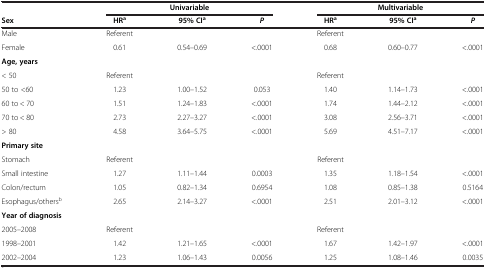
<table><thead><tr><td><b> </b></td><td colspan="3"><b>Univariable</b></td><td colspan="3"><b>Multivariable</b></td></tr><tr><td><b>Sex</b></td><td><b>HR<sup>a</sup></b></td><td><b>95% CI<sup>a</sup></b></td><td><b><i>P</i></b></td><td><b>HR<sup>a</sup></b></td><td><b>95% CI<sup>a</sup></b></td><td><b><i>P</i></b></td></tr></thead><tbody><tr><td>Male</td><td>Referent</td><td> </td><td> </td><td>Referent</td><td> </td><td> </td></tr><tr><td>Female</td><td>0.61</td><td>0.54–0.69</td><td>&lt;.0001</td><td>0.68</td><td>0.60–0.77</td><td>&lt;.0001</td></tr><tr><td><b>Age, years</b></td><td> </td><td> </td><td> </td><td> </td><td> </td><td> </td></tr><tr><td>&lt; 50</td><td>Referent</td><td> </td><td> </td><td>Referent</td><td> </td><td> </td></tr><tr><td>50 to &lt;60</td><td>1.23</td><td>1.00–1.52</td><td>0.053</td><td>1.40</td><td>1.14–1.73</td><td>&lt;.0001</td></tr><tr><td>60 to &lt; 70</td><td>1.51</td><td>1.24–1.83</td><td>&lt;.0001</td><td>1.74</td><td>1.44–2.12</td><td>&lt;.0001</td></tr><tr><td>70 to &lt; 80</td><td>2.73</td><td>2.27–3.27</td><td>&lt;.0001</td><td>3.08</td><td>2.56–3.71</td><td>&lt;.0001</td></tr><tr><td>&gt; 80</td><td>4.58</td><td>3.64–5.75</td><td>&lt;.0001</td><td>5.69</td><td>4.51–7.17</td><td>&lt;.0001</td></tr><tr><td><b>Primary site</b></td><td> </td><td> </td><td> </td><td> </td><td> </td><td> </td></tr><tr><td>Stomach</td><td>Referent</td><td> </td><td> </td><td>Referent</td><td> </td><td> </td></tr><tr><td>Small intestine</td><td>1.27</td><td>1.11–1.44</td><td>0.0003</td><td>1.35</td><td>1.18–1.54</td><td>&lt;.0001</td></tr><tr><td>Colon/rectum</td><td>1.05</td><td>0.82–1.34</td><td>0.6954</td><td>1.08</td><td>0.85–1.38</td><td>0.5164</td></tr><tr><td>Esophagus/others<sup>b</sup></td><td>2.65</td><td>2.14–3.27</td><td>&lt;.0001</td><td>2.51</td><td>2.01–3.12</td><td>&lt;.0001</td></tr><tr><td><b>Year of diagnosis</b></td><td> </td><td> </td><td> </td><td> </td><td> </td><td> </td></tr><tr><td>2005–2008</td><td>Referent</td><td> </td><td> </td><td>Referent</td><td> </td><td> </td></tr><tr><td>1998–2001</td><td>1.42</td><td>1.21–1.65</td><td>&lt;.0001</td><td>1.67</td><td>1.42–1.97</td><td>&lt;.0001</td></tr><tr><td>2002–2004</td><td>1.23</td><td>1.06–1.43</td><td>0.0056</td><td>1.25</td><td>1.08–1.46</td><td>0.0035</td></tr></tbody></table>